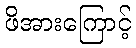
ဖိအားကြောင့်